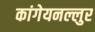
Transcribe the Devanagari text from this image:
कांगेयनल्लुर